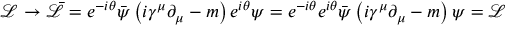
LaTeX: { \mathcal { L } } \rightarrow { \bar { \mathcal { L } } } = e ^ { - i \theta } { \bar { \psi } } \left( i \gamma ^ { \mu } \partial _ { \mu } - m \right) e ^ { i \theta } \psi = e ^ { - i \theta } e ^ { i \theta } { \bar { \psi } } \left( i \gamma ^ { \mu } \partial _ { \mu } - m \right) \psi = { \mathcal { L } }